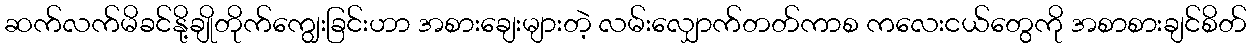
ဆက်လက်မိခင်နို့ချိုတိုက်ကျွေးခြင်းဟာ အစားချေးများတဲ့ လမ်းလျှောက်တတ်ကာစ ကလေးငယ်တွေကို အစာစားချင်စိတ်